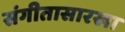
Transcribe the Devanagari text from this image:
संगीतासारखा